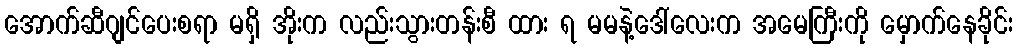
အောက်ဆီဂျင်ပေးစရာ မရှိ အိုးက လည်းသွားတန်းစီ ထား ရ မမနဲ့ဒေါ်လေးက အမေကြီးကို မှောက်နေခိုင်း